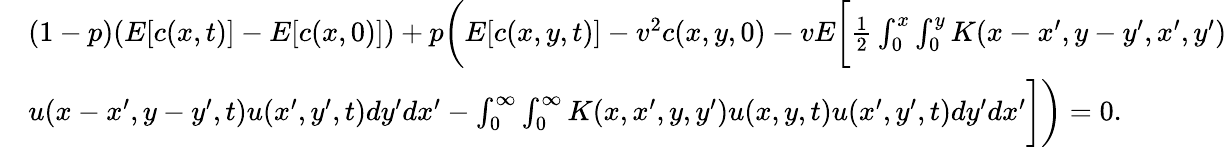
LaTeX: \begin{array}{rl}&{(1-p)(E[c(x,t)]-E[c(x,0)])+p\bigg(E[c(x,y,t)]-v^{2}c(x,y,0)-vE\bigg[\frac{1}{2}\int_{0}^{x}\int_{0}^{y}K(x-x^{\prime},y-y^{\prime},x^{\prime},y^{\prime})}\\ &{u(x-x^{\prime},y-y^{\prime},t)u(x^{\prime},y^{\prime},t)dy^{\prime}dx^{\prime}-\int_{0}^{\infty}\int_{0}^{\infty}K(x,x^{\prime},y,y^{\prime})u(x,y,t)u(x^{\prime},y^{\prime},t)dy^{\prime}dx^{\prime}\bigg]\bigg)=0.}\end{array}